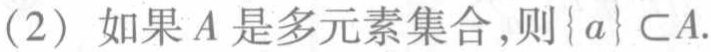
(2) 如果\(A\)是多元素集合，则\(\{ a\} \subset A\).